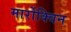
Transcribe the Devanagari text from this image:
मार्रोक्विन